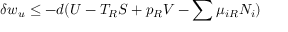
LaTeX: \delta w _ { u } \leq - d ( U - T _ { R } S + p _ { R } V - \sum \mu _ { i R } N _ { i } )